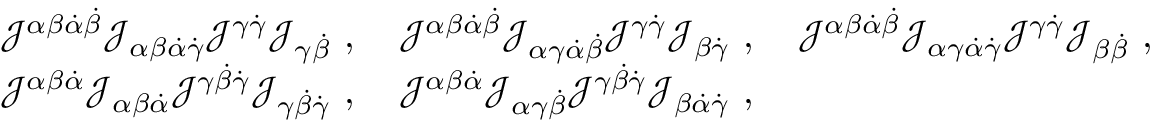
\begin{array} { r l } & { { \mathcal J } ^ { \alpha \beta { \dot { \alpha } } { \dot { \beta } } } { \mathcal J } _ { \alpha \beta { \dot { \alpha } } \dot { \gamma } } { \mathcal J } ^ { \gamma \dot { \gamma } } { \mathcal J } _ { \gamma \dot { \beta } } ~ , ~ ~ ~ { \mathcal J } ^ { \alpha \beta { \dot { \alpha } } { \dot { \beta } } } { \mathcal J } _ { \alpha \gamma { \dot { \alpha } } \dot { \beta } } { \mathcal J } ^ { \gamma \dot { \gamma } } { \mathcal J } _ { \beta \dot { \gamma } } ~ , ~ ~ ~ { \mathcal J } ^ { \alpha \beta { \dot { \alpha } } { \dot { \beta } } } { \mathcal J } _ { \alpha \gamma { \dot { \alpha } } \dot { \gamma } } { \mathcal J } ^ { \gamma \dot { \gamma } } { \mathcal J } _ { \beta \dot { \beta } } ~ , } \\ & { { \mathcal J } ^ { \alpha \beta { \dot { \alpha } } } { \mathcal J } _ { \alpha \beta { \dot { \alpha } } } { \mathcal J } ^ { \gamma { \dot { \beta } } \dot { \gamma } } { \mathcal J } _ { \gamma { \dot { \beta } } \dot { \gamma } } ~ , ~ ~ ~ { \mathcal J } ^ { \alpha \beta { \dot { \alpha } } } { \mathcal J } _ { \alpha \gamma { \dot { \beta } } } { \mathcal J } ^ { \gamma { \dot { \beta } } \dot { \gamma } } { \mathcal J } _ { \beta { \dot { \alpha } } \dot { \gamma } } ~ , } \end{array}